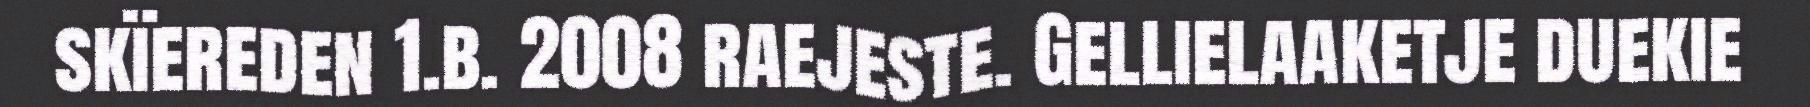
skïereden 1.b. 2008 raejeste. Gellielaaketje duekie